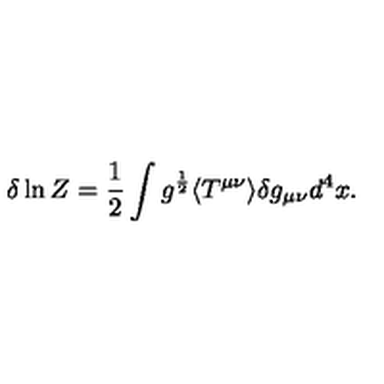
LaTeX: \delta \ln Z = { \frac { 1 } { 2 } } \int g ^ { \frac { 1 } { 2 } } \langle T ^ { \mu \nu } \rangle \delta g _ { \mu \nu } d ^ { 4 } x \space .